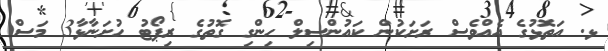
ޅ. އަތޮޅުގެ އެއްވެސް ރަށަކުން ކައުންސިލް ހިންގި ގޮތުގެ ރިޕޯޓު ހުށަނާޅާ3 މަސް